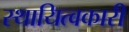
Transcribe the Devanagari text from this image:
स्थायित्वकारी